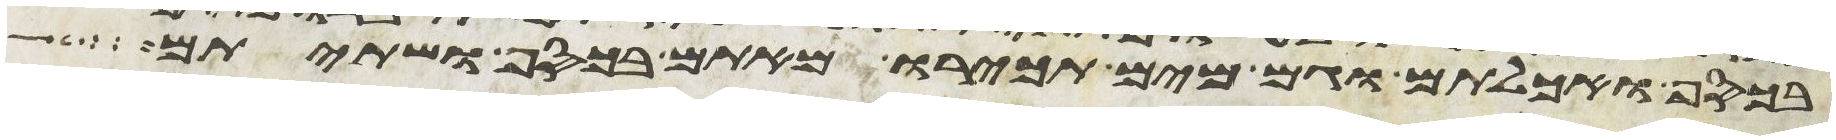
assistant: בכסף ואכלתם וגם מים תכירו מאתם בכסף ושתיתם